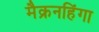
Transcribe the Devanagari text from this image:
मैक्रनहिंगा